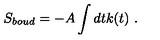
S _ { b o u d } = - A \int d t k ( t ) \ .